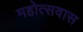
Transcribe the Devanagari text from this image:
महोत्सवास